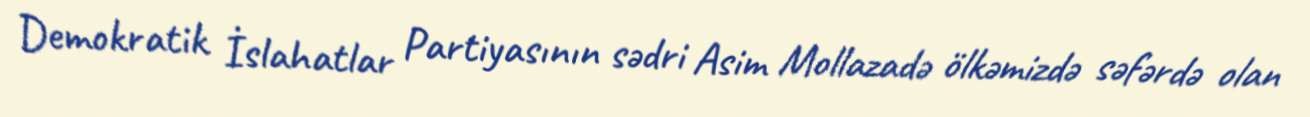
Demokratik İslahatlar Partiyasının sədri Asim Mollazadə ölkəmizdə səfərdə olan